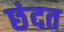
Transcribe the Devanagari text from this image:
छंदत